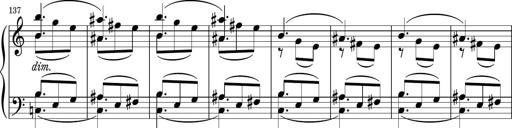
Title: Sonatina PandemÃ³nium
Composer: VÃ­ctor Carbajo
Key: C major